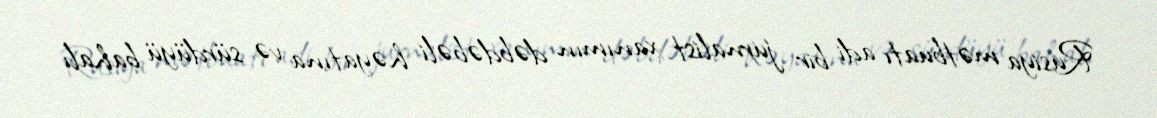
Rusiya mətbuatı adi bir jurnalist xanımın dəbdəbəli həyatına və sürdüyü bahalı